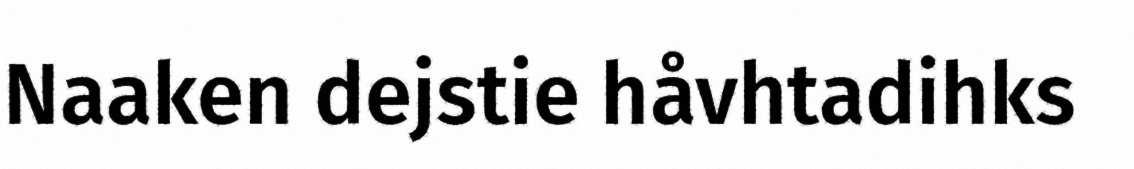
Naaken dejstie håvhtadihks